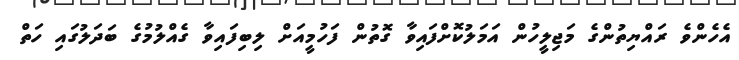
އެހެންވެ ރައްޔިތުންގެ މަޖިލީހުން އަމަލުކޮށްފައިވާ ގޮތުން ފަހުމީއަށް ލިބިފައިވާ ގެއްލުމުގެ ބަދަލުގައި ހަތް